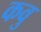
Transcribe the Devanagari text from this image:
कवु